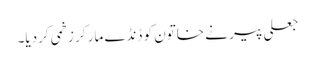
جعلی پیر نے خاتون کو ڈنڈے مار کر زخمی کردیا۔